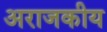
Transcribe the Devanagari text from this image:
अराजकीय